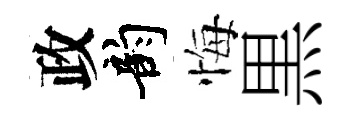
政韵悔黒